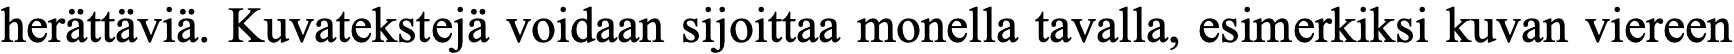
herättäviä. Kuvatekstejä voidaan sijoittaa monella tavalla, esimerkiksi kuvan viereen